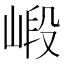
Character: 𱛽